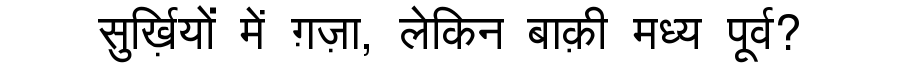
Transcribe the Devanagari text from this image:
सुर्ख़ियों में ग़ज़ा, लेकिन बाक़ी मध्य पूर्व?